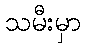
သမီးမှာ